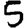
Digit: 5